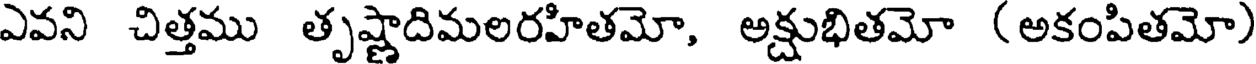
ఎవని చిత్తము తృష్ణాదిమలరహితమో, అక్షుభితమో (అకంపితమో)